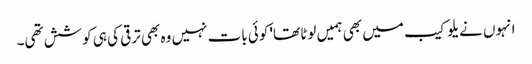
انہوں نے یلو کیب میں بھی ہمیں لوٹا تھا' کوئی بات نہیں وہ بھی ترقی کی ہی کوشش تھی۔